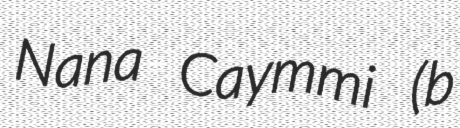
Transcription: Nana Caymmi (b